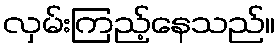
လှမ်းကြည့်နေသည်။